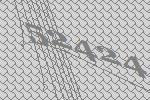
52424